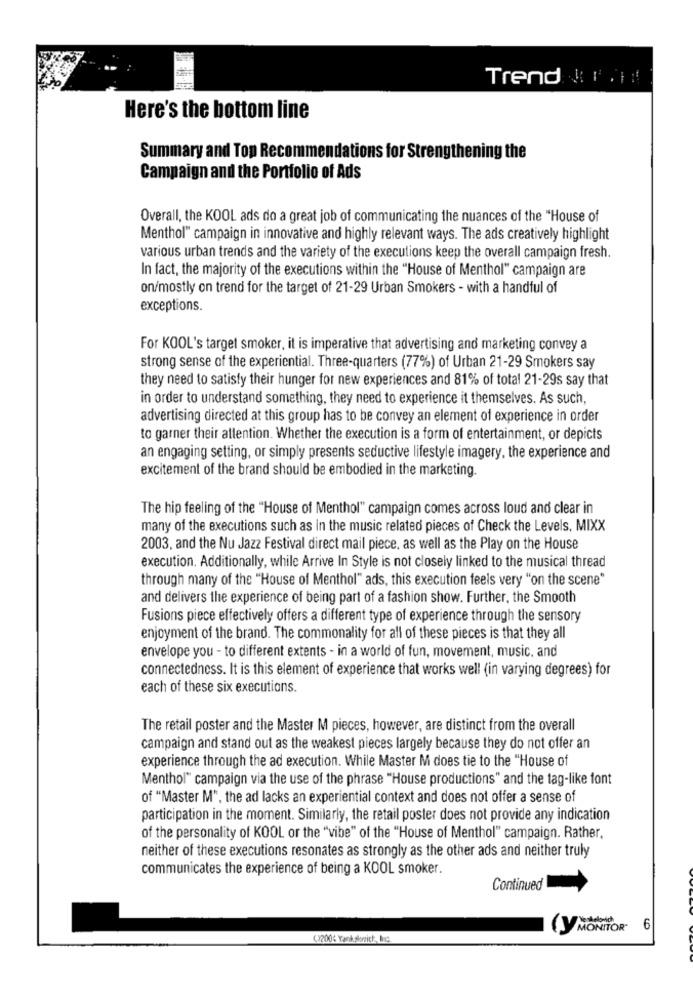
Trend Bring
Here's the bottom line
Summary and Top Recommendations for Strengthening the
Campaign and the Portfolio of Ads
Overall, the KOOL ads do a great job of communicating the nuances of the "House of
Menthol" campaign in innovative and highly relevant ways. The ads creatively highlight
various urban trends and the variety of the executions keep the overall campaign fresh.
In fact, the majority of the executions within the "House of Menthol" campaign are
on/mostly on trend for the target of 21-29 Urban Smokers - with a handful of
exceptions.
For KOOL's target smoker, it is imperative that advertising and marketing convey a
strong sense of the experiential. Three-quarters (77%) of Urban 21-29 Smokers say
they need to satisfy their hunger for new experiences and 81% of total 21-29s say that
in order to understand something, they need to experience it themselves. As such,
advertising directed at this group has to be convey an element of experience in order
to garner their attention. Whether the execution is a form of entertainment, or depicts
an engaging setting, or simply presents seductive lifestyle imagery, the experience and
excitement of the brand should be embodied in the marketing.
The hip feeling of the "House of Menthol" campaign comes across loud and clear in
many of the executions such as in the music related pieces of Check the Levels, MIXX
2003, and the Nu Jazz Festival direct mail piece, as well as the Play on the House
execution. Additionally, while Arrive In Style is not closely linked to the musical thread
through many of the "House of Menthol" ads, this execution feels very "on the scene"
and delivers the experience of being part of a fashion show. Further, the Smooth
Fusions piece effectively offers a different type of experience through the sensory
enjoyment of the brand. The commonality for all of these pieces is that they all
envelope you - to different extents - in a world of fun, movement, music, and
connectedness. It is this element of experience that works well (in varying degrees) for
each of these six executions.
The retail poster and the Master M pieces, however, are distinct from the overall
campaign and stand out as the weakest pieces largely because they do not offer an
experience through the ad execution. While Master M does tie to the "House of
Menthol" campaign via the use of the phrase "House productions" and the tag-like font
of "Master M", the ad lacks an experiential context and does not offer a sense of
participation in the moment. Similarly, the retail poster does not provide any indication
of the personality of KOOL or the "vibe" of the "House of Menthol" campaign. Rather,
neither of these executions resonates as strongly as the other ads and neither truly
communicates the experience of being a KOOL smoker.
Continued
(y MONITO
6
(1200℃ Yank strict, bc